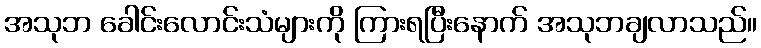
အသုဘ ခေါင်းလောင်းသံများကို ကြားရပြီးနောက် အသုဘချလာသည်။